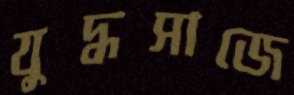
যুদ্ধসাজে